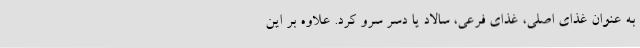
به عنوان غذای اصلی، غذای فرعی، سالاد یا دسر سرو کرد. علاوه بر این